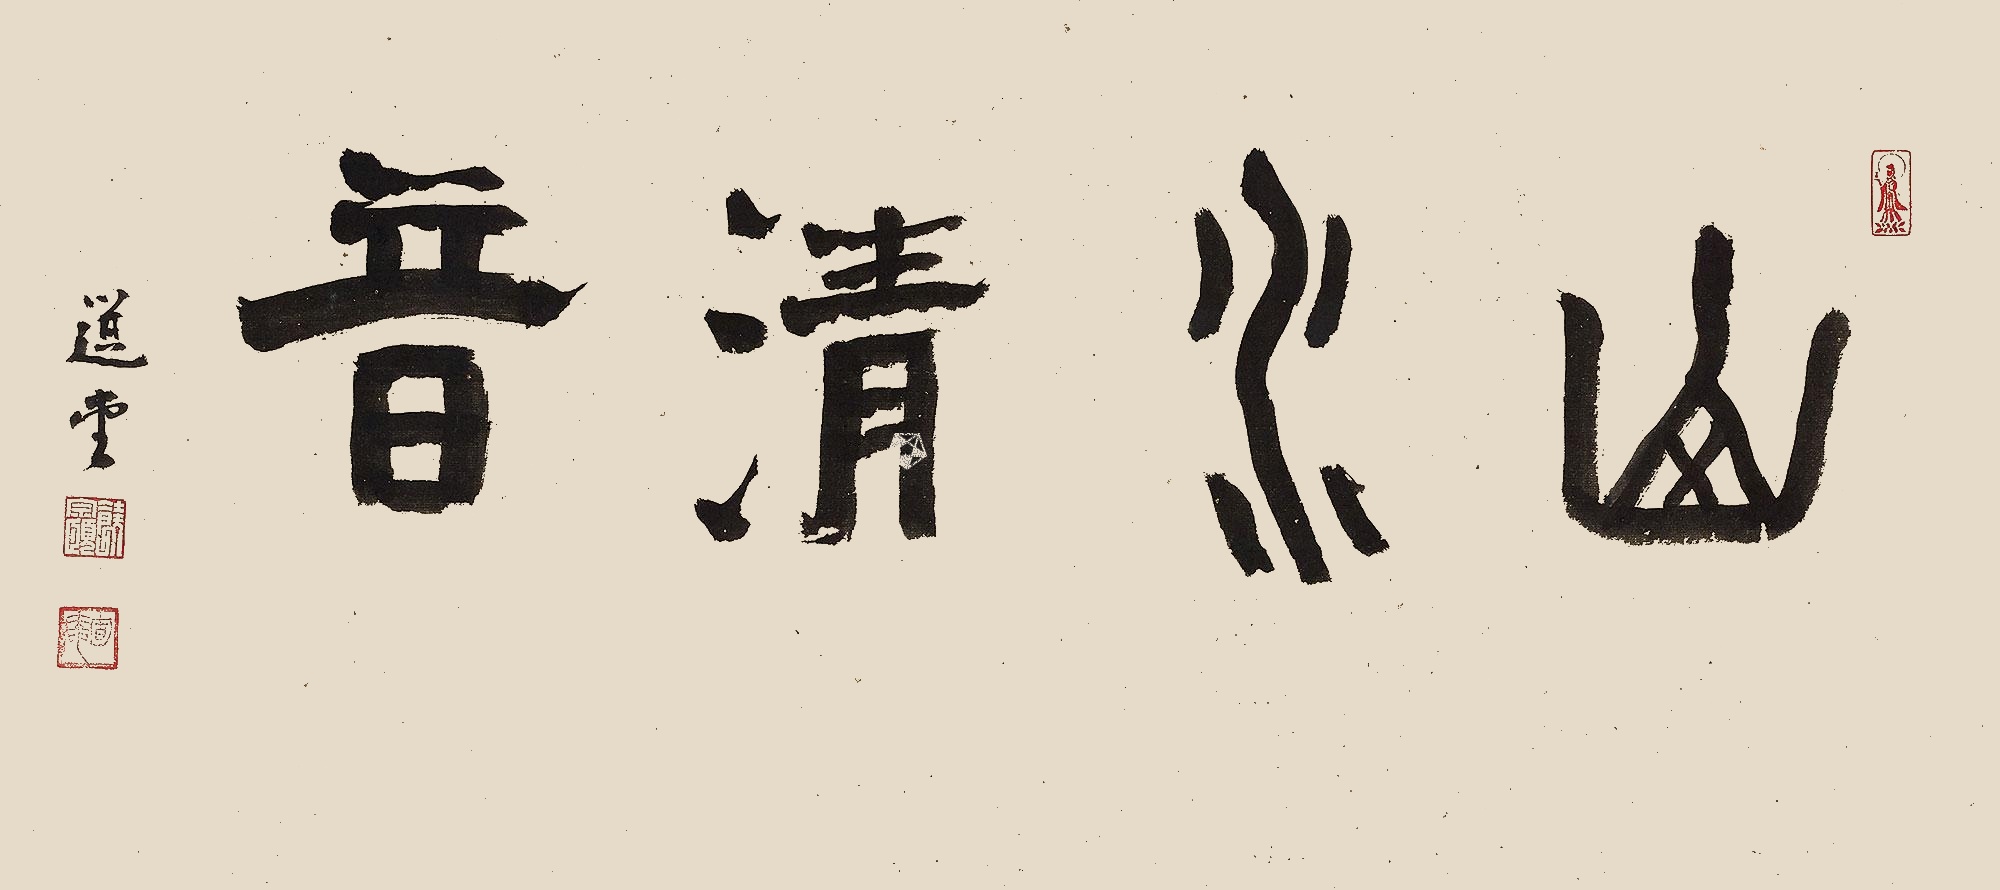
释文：山水清音。选堂。